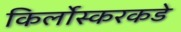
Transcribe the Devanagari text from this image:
किर्लोस्करकडे